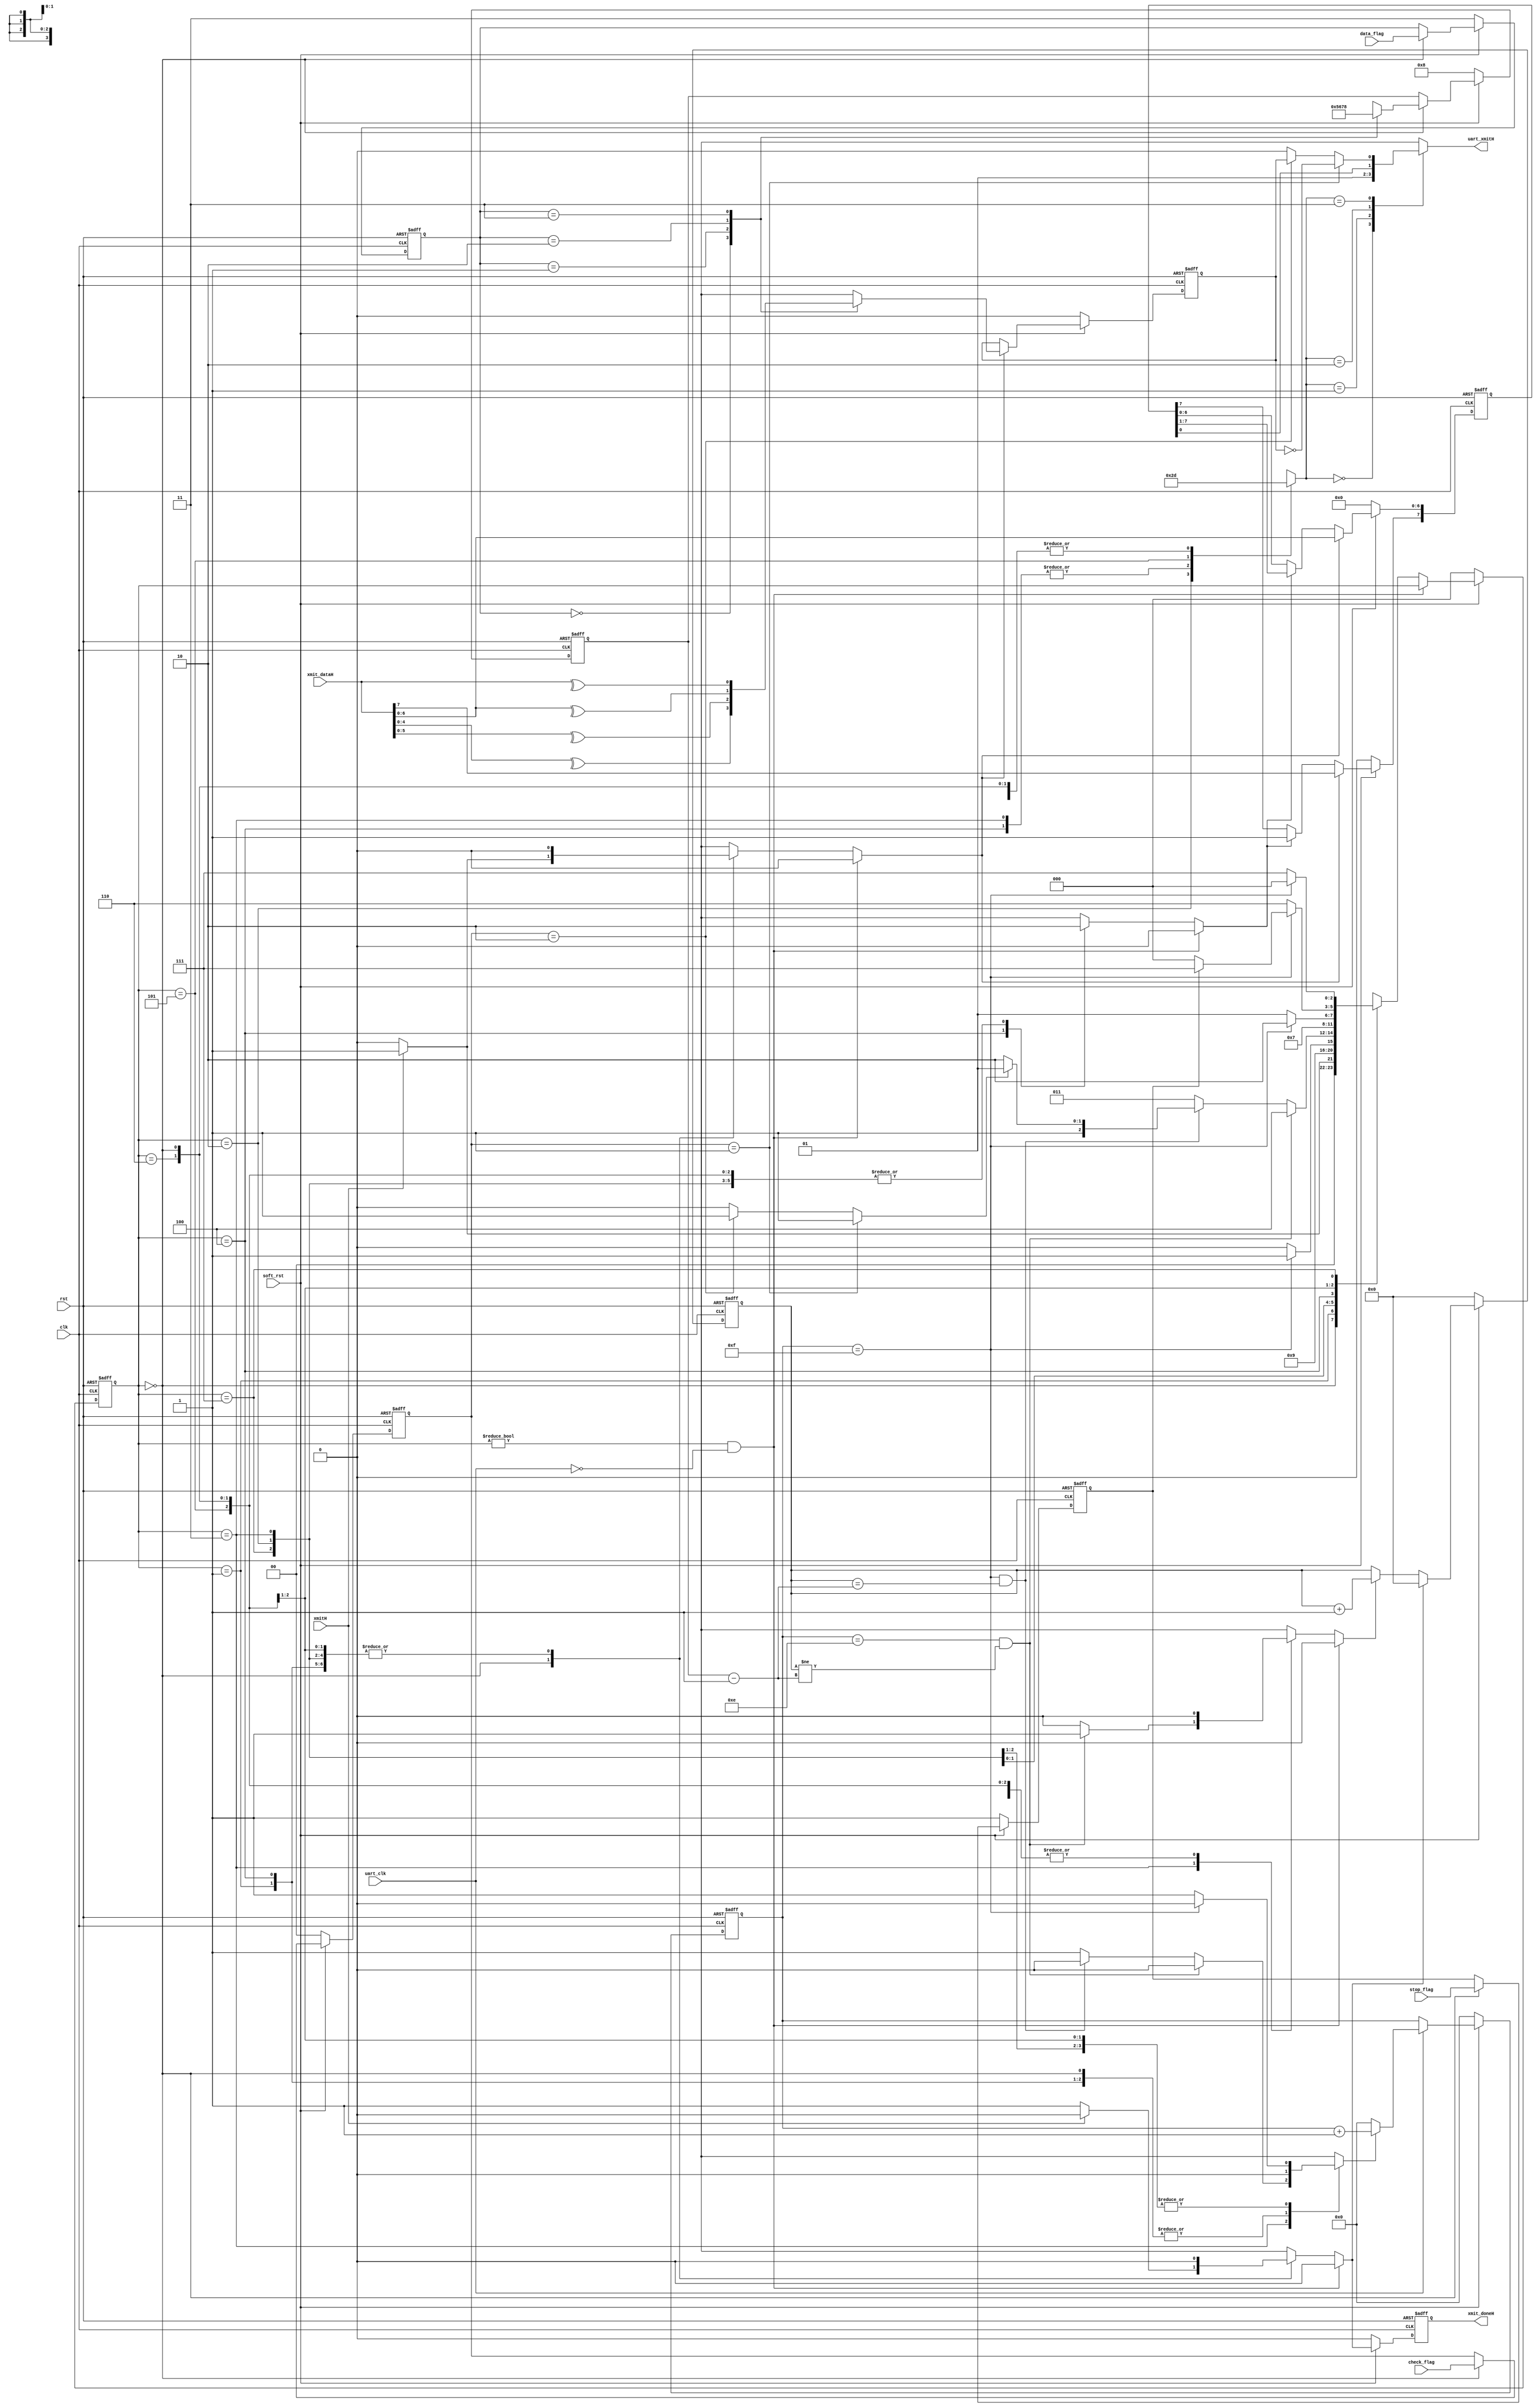
module pp_uart_transmitter(
        clk,
        rst,
        soft_rst,
        uart_clk,
        uart_xmitH,
        xmitH,
        xmit_dataH,
        xmit_doneH,
        data_flag,
        stop_flag,
        check_flag
      );


//
// Xmitter state definition
//
parameter  x_IDLE    = 3'b000,
            x_READY     = 3'b001,
      x_START    = 3'b010,
      x_WAIT    = 3'b011,
      x_SHIFT    = 3'b100,
      x_PARITY    = 3'b101,
      x_STOP1    = 3'b110,
      x_STOP2     = 3'b111;


parameter   x_STARTbit  = 2'b00,
            x_STOPbit   = 2'b01,
            x_ShiftReg  = 2'b10,
            x_PARITYbit = 2'b11;
      
parameter   x_Fivebit   = 2'b00,
            x_Sixbit    = 2'b01,
            x_Seven     = 2'b10,
            x_Eight     = 2'b11;
      
parameter   x_Oddcheck  = 2'b01,
            x_Evencheck = 2'b10;
      
parameter   x_Tstopbit  = 1'b1,
            x_Ostopbit  = 1'b0;
//
// Common parameter Definition
//
parameter  LO     = 1'b0,
            HI    = 1'b1,
             X    = 1'bx;


//parameter  WORD_LEN = 8;

// ******************************************
//
// PORT DEFINITIONS
//
// ******************************************
input       clk;  // system clock. Must be 16 x Baud
input       rst;  // asynch reset
input       soft_rst;
input       uart_clk;
output      uart_xmitH;  // this pin goes to the connector
input       xmitH;    // active high, Xmit command
input  [7:0]xmit_dataH;  // data to be xmitted
output      xmit_doneH;  // status

input   [1:0]data_flag;    //00:5bits,01:6bits,10:7bits,11:8bits
input        stop_flag;     //0 :1bit,1:2bts
input   [1:0]check_flag;  //00:without,01:odd,10:even,11:reserve



// ******************************************
//
// MEMORY ELEMENT DEFINITIONS
//
// ******************************************
reg    [2:0]next_state, state;
reg         load_shiftRegH;
reg         shiftEnaH;
reg    [4:0]bitCell_cntrH;
reg         countEnaH;
reg    [7:0]xmit_ShiftRegH;
reg    [3:0]bitCountH;
reg         rst_bitCountH;
reg         ena_bitCountH;
reg    [1:0]xmitDataSelH;
reg         uart_xmitH;
reg         xmit_doneInH;
reg         xmit_doneH;
reg         parity_bit;
reg         xmit_parity;
reg    [3:0]WORD_LEN;
reg         parity_chkEn;

reg     [1:0]frame_bits;
reg          stop_bits;
reg     [1:0]parity_check;


always @(posedge clk or negedge rst)
if(!rst)begin
  frame_bits <= 2'b11;
  stop_bits  <= 1'b1;
  parity_check <= 2'b00;
end
else if(!soft_rst)begin
  frame_bits <= 2'b11;
  stop_bits  <= 1'b1;
  parity_check <= 2'b00;
end
else if(state == x_IDLE) begin
  frame_bits <= data_flag;
  stop_bits  <= stop_flag;
  parity_check <= check_flag;
end


always @(xmit_ShiftRegH or xmitDataSelH or xmit_parity)
  case (xmitDataSelH)
  x_STARTbit: uart_xmitH = LO;
  x_STOPbit:  uart_xmitH = HI;
  x_ShiftReg: uart_xmitH = xmit_ShiftRegH[0];
  x_PARITYbit: uart_xmitH = xmit_parity;
  endcase


//
// Bit Cell time Counter
//
always @(posedge clk or negedge rst)
  if (~rst) bitCell_cntrH <= 0;
  else if(!soft_rst)  bitCell_cntrH <= 0;
  else if(uart_clk) begin
    if (countEnaH) bitCell_cntrH <= bitCell_cntrH + 1'b1;
    else bitCell_cntrH <= 0;
  end


//
// Shift Register
//
// The LSB must be shifted out first
//
always @(posedge clk or negedge rst)
  if (~rst) xmit_ShiftRegH <= 0;
  else if (!soft_rst)  xmit_ShiftRegH <= 0;
  else if (load_shiftRegH) xmit_ShiftRegH <= xmit_dataH;
  else if (shiftEnaH) begin
    xmit_ShiftRegH[6:0] <= xmit_ShiftRegH[7:1];
    xmit_ShiftRegH[7]   <= HI;
  end else xmit_ShiftRegH <= xmit_ShiftRegH;

// Parity bit 
always @(posedge clk or negedge rst)
  if (~rst) parity_bit <= 0;
  else if (!soft_rst)  parity_bit <= 0;
  else if(load_shiftRegH)begin
      case(frame_bits)
        x_Fivebit: parity_bit <= ^xmit_dataH[4:0];
        x_Sixbit : parity_bit <= ^xmit_dataH[5:0];
        x_Seven  : parity_bit <= ^xmit_dataH[6:0];
        x_Eight  : parity_bit <= ^xmit_dataH;
      endcase
  end

always @(*)
  if(parity_check == x_Oddcheck) begin
    xmit_parity = ~parity_bit;
    parity_chkEn = 1'b1;
  end
  else if(parity_check == x_Evencheck) begin
    xmit_parity = parity_bit;
    parity_chkEn = 1'b1;
  end
  else begin
    xmit_parity = 1'b0;
    parity_chkEn = 1'b0;
  end
  
//word length
always @(posedge clk or negedge rst)
  if(~rst) WORD_LEN<= 4'h8;
  else if (!soft_rst) WORD_LEN<= 4'h8;
  else if(state==x_IDLE)begin
      case(frame_bits)
        x_Fivebit: WORD_LEN <= 4'h5;
        x_Sixbit : WORD_LEN <= 4'h6;
        x_Seven  : WORD_LEN <= 4'h7;
        x_Eight  : WORD_LEN <= 4'h8;
      endcase
  end
//
// Transmitted bit counter
//
always @(posedge clk or negedge rst)
  if (~rst) bitCountH <= 0;
  else if (!soft_rst) bitCountH <= 0;
  else if (rst_bitCountH) bitCountH <= 0;
  else if (ena_bitCountH) bitCountH <= bitCountH + 1'b1;


//
// STATE MACHINE
//

// State Variable
always @(posedge clk or negedge rst)
  if (~rst) state <= x_IDLE;
  else if (!soft_rst) state <= x_IDLE;
  else state <= next_state;


// Next State, Output Decode
always @(*)
begin

  // Defaults
  next_state     = state;
  load_shiftRegH  = LO;
  countEnaH       = LO;
  shiftEnaH       = LO;
  rst_bitCountH   = LO;
  ena_bitCountH   = LO;
  xmitDataSelH    = x_STOPbit;
  xmit_doneInH    = LO;

  case (state)

    //
    // x_IDLE
    // wait for the start command
    //
    x_IDLE: begin
      if (xmitH) begin
                next_state = x_READY;
        load_shiftRegH = HI;
      end else begin
        next_state    = x_IDLE;
        rst_bitCountH = HI;
                xmit_doneInH  = HI;
      end
    end

        x_READY:
            next_state = x_START;
    //
    // x_START
    // send start bit
    //
    x_START: begin
            xmitDataSelH    = x_STARTbit;
            if (bitCell_cntrH == 4'hF)
              next_state = x_WAIT;
            else begin
              next_state = x_START;
              countEnaH  = HI; // allow to count up
            end
    end


    //
    // x_WAIT
    // wait 1 bit-cell time before sending
    // data on the xmit pin
    //
    x_WAIT: begin
            xmitDataSelH    = x_ShiftReg;
      // 1 bit-cell time wait completed
      /*if (bitCell_cntrH == 4'hE) begin
        if (bitCountH == WORD_LEN - 4'd1)begin
          if(parity_chkEn)
            next_state = x_PARITY;
          else
            next_state = x_STOP1;
        end*/
        if (bitCell_cntrH == 4'hE && bitCountH != WORD_LEN - 4'd1) begin
          next_state = x_SHIFT;
          ena_bitCountH = HI; //1more bit sent
        end
        else if (bitCell_cntrH == 4'hF && bitCountH == WORD_LEN - 4'd1)begin
          if(parity_chkEn)
            next_state = x_PARITY;
          else
            next_state = x_STOP1;
        end
      // bit-cell wait not complete
         else begin
          next_state = x_WAIT;
          countEnaH  = HI;
      end
    end



    //
    // x_SHIFT
    // shift out the next bit
    //
    x_SHIFT: begin
            xmitDataSelH    = x_ShiftReg;
      next_state = x_WAIT;
      shiftEnaH  = HI; // shift out next bit
    end

    x_PARITY: begin
      xmitDataSelH = x_PARITYbit;
      if(bitCell_cntrH == 4'hF)
        next_state = x_STOP1;
      else begin
        next_state = x_PARITY;
        countEnaH  = HI;
      end
    end

    //
    // x_STOP
    // send stop bit
    //
    x_STOP1: begin
            xmitDataSelH    = x_STOPbit;
      if (bitCell_cntrH == 4'hF) begin
        if(stop_bits == x_Tstopbit)
          next_state   = x_STOP2;
        else
          next_state   = x_IDLE;
                //xmit_doneInH = HI;
      end else begin
        next_state = x_STOP1;
        countEnaH = HI; //allow bit cell cntr
      end
    end
    
    x_STOP2: begin
            xmitDataSelH    = x_STOPbit;
      if (bitCell_cntrH == 4'hF) begin
        next_state   = x_IDLE;
                //xmit_doneInH = HI;
      end else begin
        next_state = x_STOP2;
        countEnaH = HI; //allow bit cell cntr
      end
    end

    default: begin
      next_state     = 3'bxxx;
      load_shiftRegH = X;
      countEnaH      = X;
            shiftEnaH      = X;
            rst_bitCountH  = X;
            ena_bitCountH  = X;
            xmitDataSelH   = 2'bxx;
            xmit_doneInH   = X;
    end

    endcase

  if ((state != x_IDLE) && !uart_clk) begin
      next_state     = state;
      load_shiftRegH = LO;
      //countEnaH      = LO;
            shiftEnaH      = LO;
            rst_bitCountH  = LO;
            ena_bitCountH  = LO;
          //xmitDataSelH   = 2'bxx;
            xmit_doneInH   = LO;
    end
end


// register the state machine outputs
// to eliminate ciritical-path/glithces
always @(posedge clk or negedge rst)
  if (~rst) xmit_doneH <= 0;
  else if(!soft_rst) xmit_doneH <= 0;
  else xmit_doneH <= xmit_doneInH;


endmodule